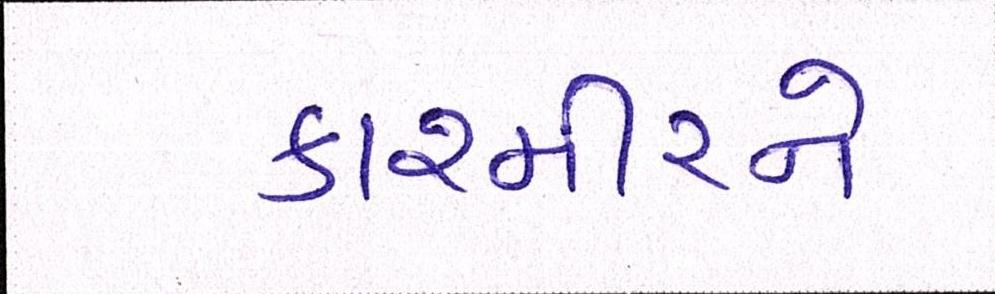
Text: કાશ્મીરને